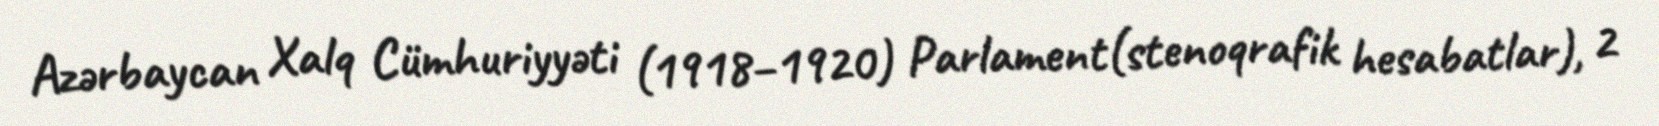
Azərbaycan Xalq Cümhuriyyəti (1918–1920) Parlament(stenoqrafik hesabatlar), 2